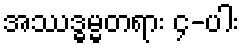
အဿဒ္ဓမ္မတရား ၄-ပါး